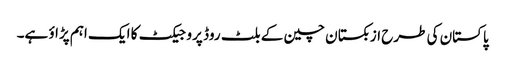
پاکستان کی طرح ازبکستان چین کے بلٹ روڈ پروجیکٹ کا ایک اہم پڑاؤ ہے۔